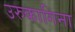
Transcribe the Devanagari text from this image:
उरुकागिना